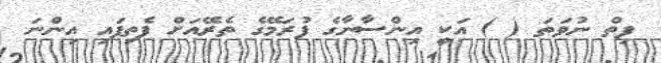
ފިތް ނުވަތަ ( ) އަކީ އިންސާނާގެ ފުރަމޭގެ ތެރޭއަށް ފެތިފައި އިންނަ